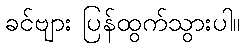
ခင်ဗျား ပြန်ထွက်သွားပါ။